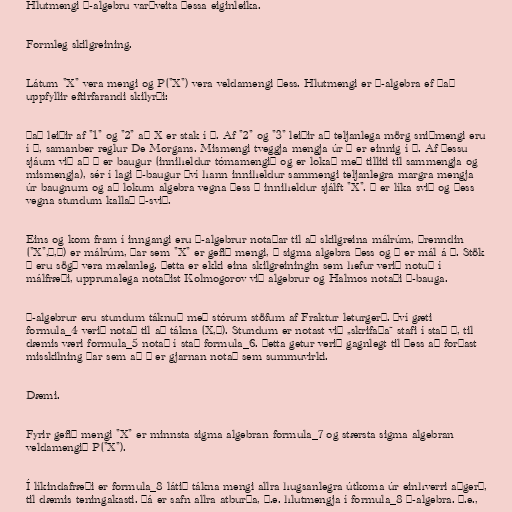
Hlutmengi σ-algebru varðveita þessa eiginleika.

Formleg skilgreining.

Látum "X" vera mengi og P("X") vera veldamengi þess. Hlutmengi er σ-algebra ef það
uppfyllir eftirfarandi skilyrði:

Það leiðir af "1" og "2" að X er stak í Σ. Af "2" og "3" leiðir að teljanlega mörg sniðmengi eru
í Σ, samanber reglur De Morgans. Mismengi tveggja mengja úr Σ er einnig í Σ. Af þessu
sjáum við að Σ er baugur (inniheldur tómamengið og er lokað með tilliti til sammengja og
mismengja), sér í lagi σ-baugur því hann inniheldur sammengi teljanlegra margra mengja
úr baugnum og að lokum algebra vegna þess Σ inniheldur sjálft "X". Σ er líka svið og þess
vegna stundum kallað σ-svið.

Eins og kom fram í inngangi eru σ-algebrur notaðar til að skilgreina málrúm, þrenndin
("X",Σ,μ) er málrúm, þar sem "X" er gefið mengi, Σ sigma algebra þess og μ er mál á Σ. Stök
Σ eru sögð vera mælanleg. Þetta er ekki eina skilgreiningin sem hefur verið notuð í
málfræði, upprunalega notaðist Kolmogorov við algebrur og Halmos notaði σ-bauga.

σ-algebrur eru stundum táknuð með stórum stöfum af Fraktur leturgerð. Því gæti
formula_4 verið notað til að tákna (X,Σ). Stundum er notast við „skrifaða“ stafi í stað Σ, til
dæmis væri formula_5 notað í stað formula_6. Þetta getur verið gagnlegt til þess að forðast
misskilning þar sem að Σ er gjarnan notað sem summuvirki.

Dæmi.

Fyrir gefið mengi "X" er minnsta sigma algebran formula_7 og stærsta sigma algebran
veldamengið P("X").

Í líkindafræði er formula_8 látið tákna mengi allra hugsanlegra útkoma úr einhverri aðgerð,
til dæmis teningakasti. Þá er safn allra atburða, þ.e. hlutmengja í formula_8 σ-algebra. Þ.e.,